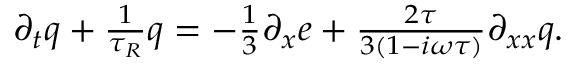
\begin{array} { r } { \partial _ { t } q + \frac { 1 } { \tau _ { R } } q = - \frac { 1 } { 3 } \partial _ { x } e + \frac { 2 \tau } { 3 ( 1 - i \omega \tau ) } \partial _ { x x } q . } \end{array}